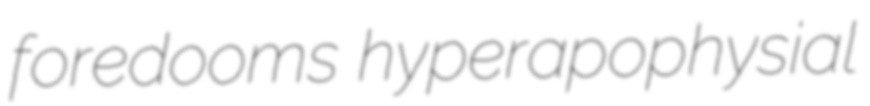
foredooms hyperapophysial